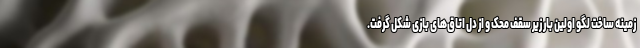
زمینه ساخت لگو اولین بار زیر سقف محک و از دل اتاق‌های بازی شکل گرفت.